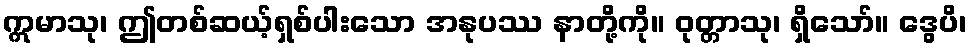
ဣမာသု၊ ဤတစ်ဆယ့်ရှစ်ပါးသော အနုပဿ နာတို့ကို။ ဝုတ္တာသု၊ ရှိသော်။ ဒွေပိ၊